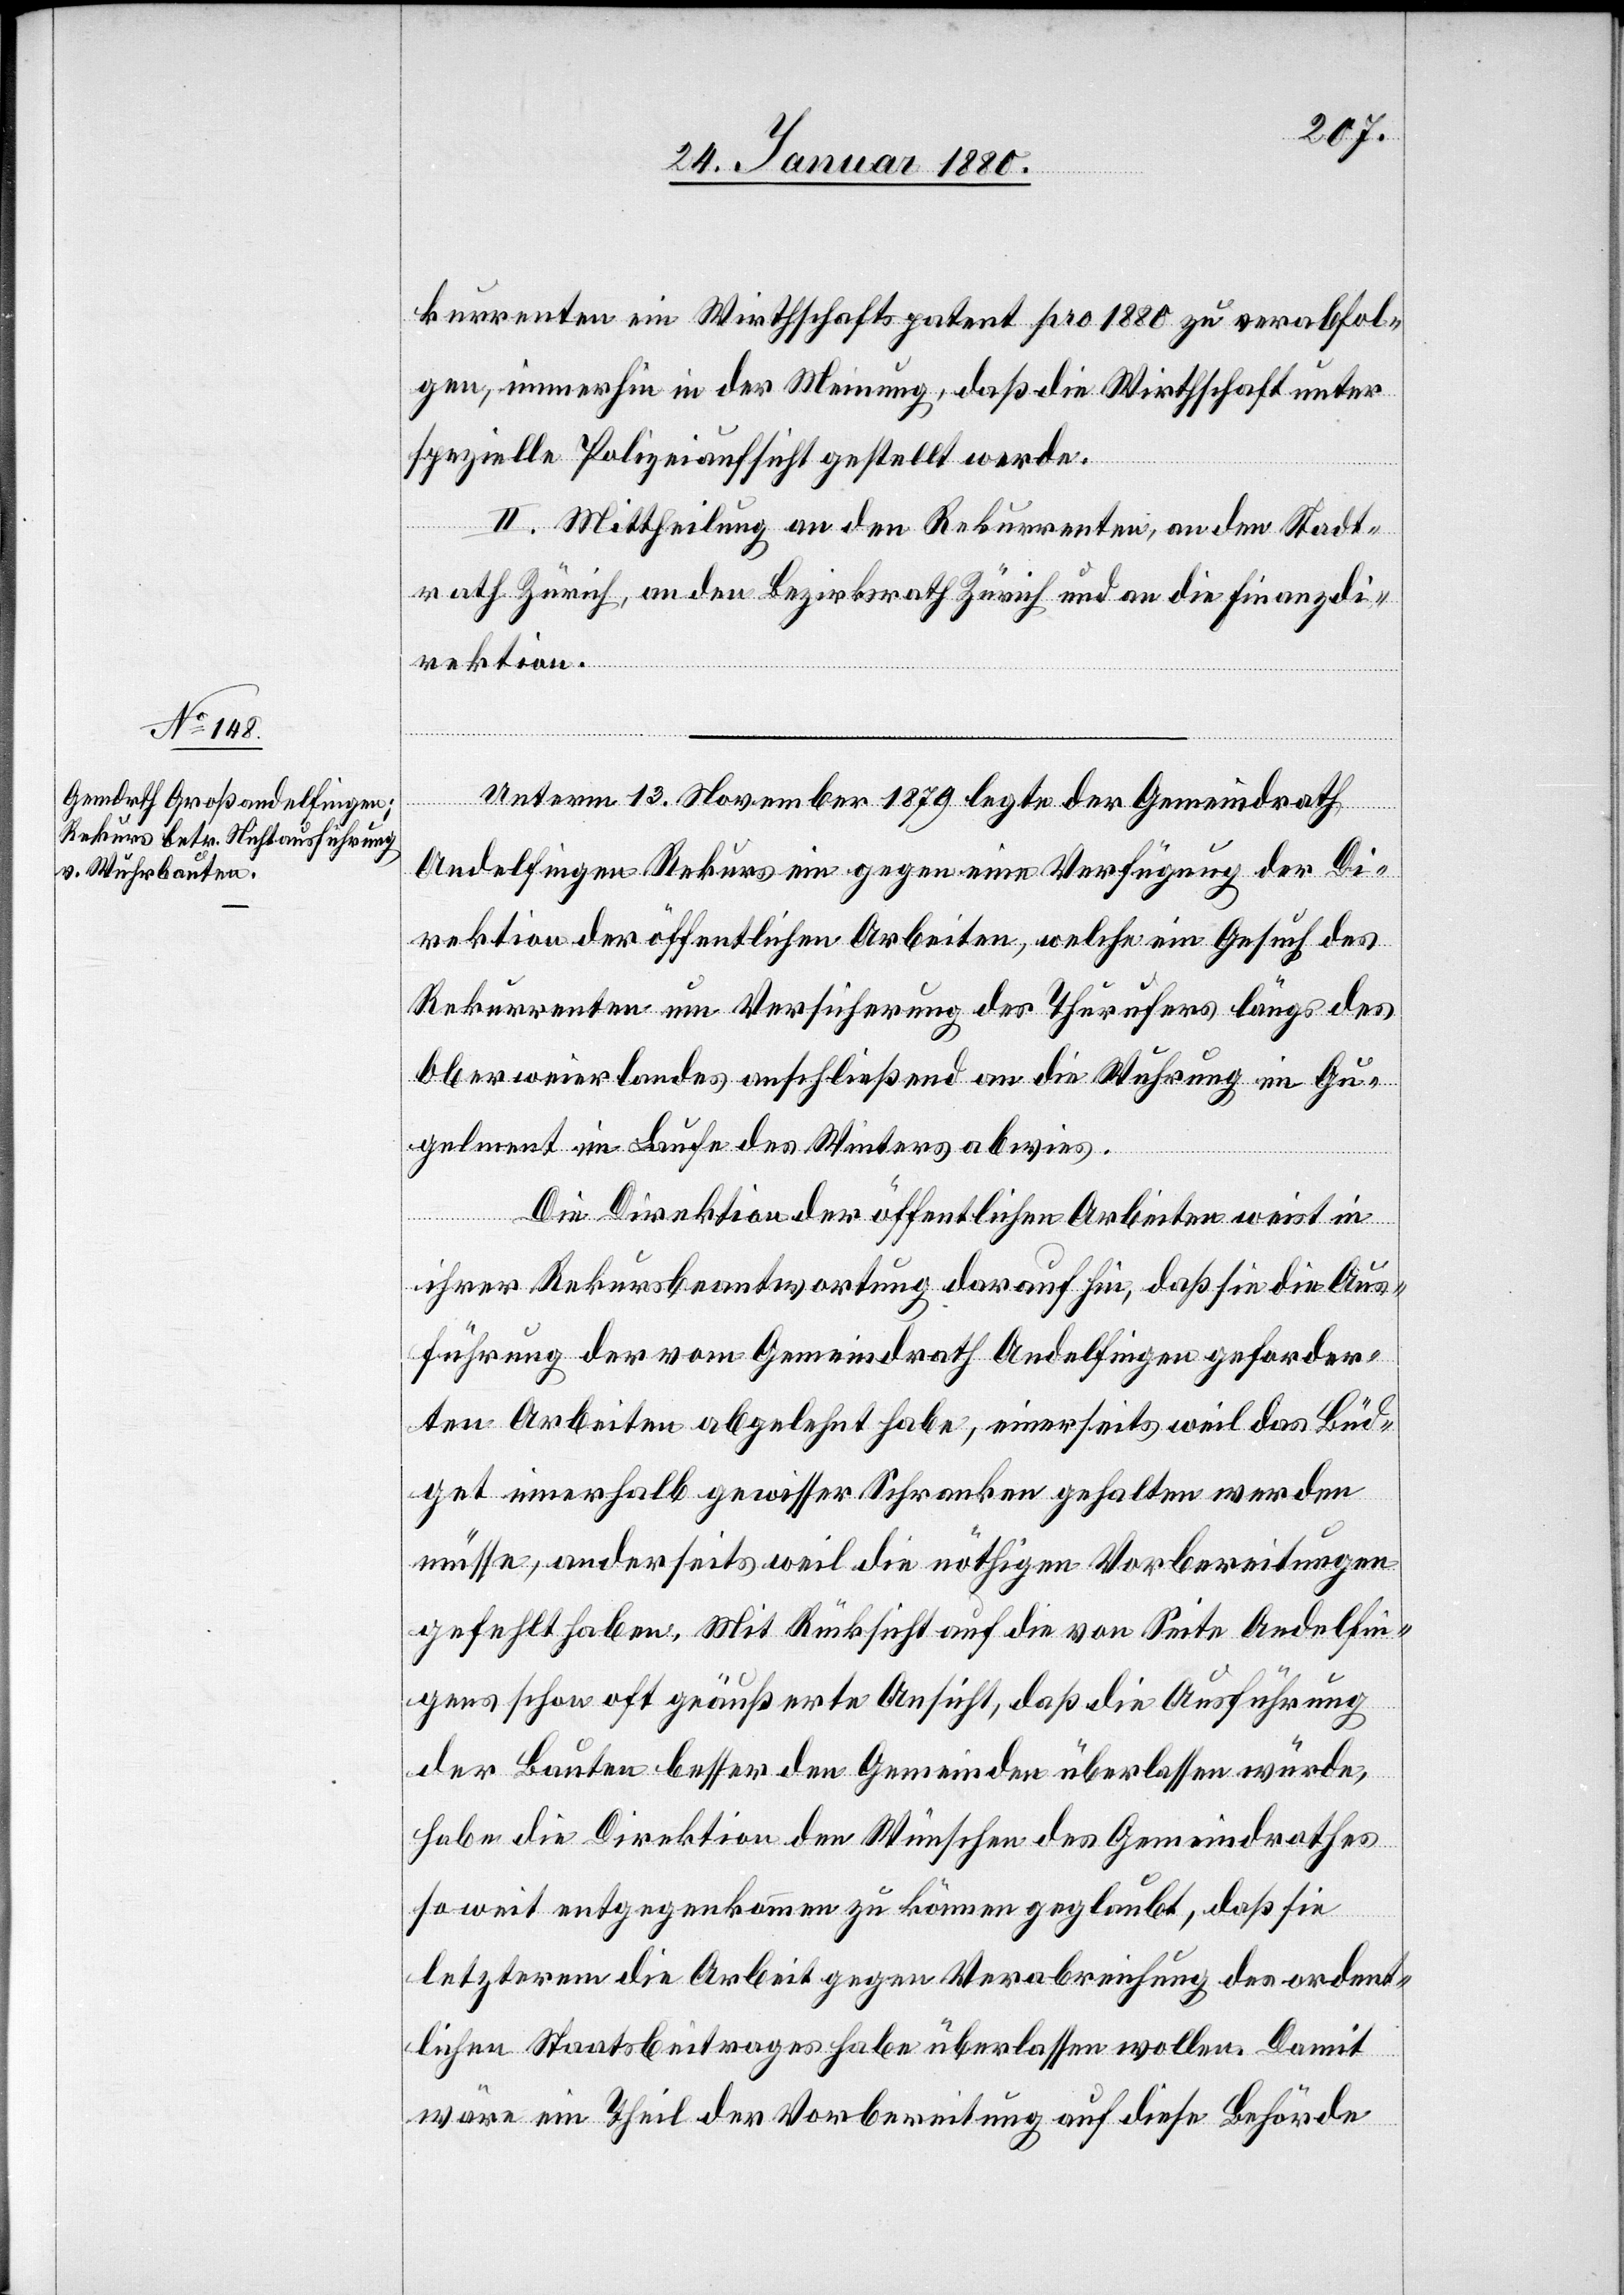
kurrenten ein Wirthschaftspatent pro 1880 zu verabfol¬
gen, immerhin in der Meinung, daß die Wirthschaft unter
spezielle Polizeiaufsicht gestellt werde.
II. Mittheilung an den Rekurrenten, an den Stadt¬
rath Zürich, an den Bezirksrath Zürich und an die Finanzdi¬
rektion.
Unterm 13. November 1879 legte der Gemeindrath
Andelfingen Rekurs gegen eine Verfügung der Di¬
rektion der öffentlichen Arbeiten, welche ein Gesuch des
Rekurrenten um Versicherung des Thurufers längs des
Ohrweierlandes anschließend an die Wuhrung im Gu¬
gelment im Laufe des Winters abwies.
Die Direktion der öffentlichen Arbeiten weist in
ihrer Rekursbeantwortung darauf hin, daß sie die Aus¬
führung der vom Gemeindrath Andelfingen geforder¬
ten Arbeiten abgelehnt habe, einerseits weil das Büd¬
get innerhalb gewisser Schranken gehalten werden
müsse, anderseits weil die nöthigen Vorbereitungen
gefehlt haben. Mit Rücksicht auf die von Seite Andelfin¬
gens schon oft geäußerte Ansicht, daß die Ausführung
der Bauten besser den Gemeinden überlassen würde,
habe die Direktion den Wünschen des Gemeindrathes
so weit entgegenkommen zu können geglaubt, daß sie
letzterem die Arbeit gegen Verabreichung des ordent¬
lichen Staatsbeitrages habe überlassen wollen. Damit
wäre ein Theil der Vorbereitung auf diese Behörde